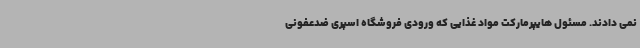
نمی دادند. مسئول هایپرمارکت مواد غذایی که ورودی فروشگاه اسپری ضدعفونی